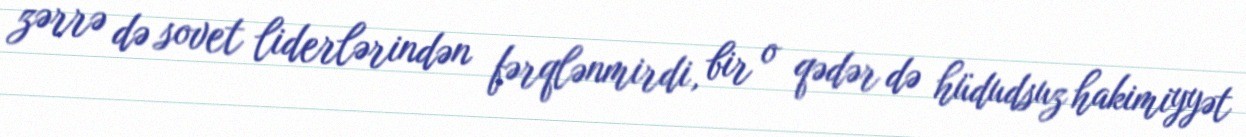
zərrə də sovet liderlərindən fərqlənmirdi, bir o qədər də hüdudsuz hakimiyyət